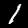
Label: 1